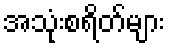
အသုံးစရိတ်များ